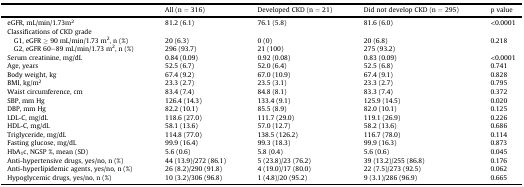
<table><thead><tr><td></td><td><b>All (n = 316)</b></td><td><b>Developed CKD (n = 21)</b></td><td><b>Did not develop CKD (n = 295)</b></td><td><b>p value</b></td></tr></thead><tbody><tr><td>eGFR, mL/min/1.73m<sup>2</sup></td><td>81.2 (6.1)</td><td>76.1 (5.8)</td><td>81.6 (6.0)</td><td>&lt;0.0001</td></tr><tr><td colspan="5">Classifications of CKD grade</td></tr><tr><td> G1, eGFR ≥ 90 mL/min/1.73 m<sup>2</sup>, n (%)</td><td>20 (6.3)</td><td>0 (0)</td><td>20 (6.8)</td><td>0.218</td></tr><tr><td> G2, eGFR 60–89 mL/min/1.73 m<sup>2</sup>, n (%)</td><td>296 (93.7)</td><td>21 (100)</td><td>275 (93.2)</td><td></td></tr><tr><td>Serum creatinine, mg/dL</td><td>0.84 (0.09)</td><td>0.92 (0.08)</td><td>0.83 (0.09)</td><td>&lt;0.0001</td></tr><tr><td>Age, years</td><td>52.5 (6.7)</td><td>52.0 (6.4)</td><td>52.5 (6.8)</td><td>0.741</td></tr><tr><td>Body weight, kg</td><td>67.4 (9.2)</td><td>67.0 (10.9)</td><td>67.4 (9.1)</td><td>0.828</td></tr><tr><td>BMI, kg/m<sup>2</sup></td><td>23.3 (2.7)</td><td>23.5 (3.1)</td><td>23.3 (2.7)</td><td>0.795</td></tr><tr><td>Waist circumference, cm</td><td>83.4 (7.4)</td><td>84.8 (8.1)</td><td>83.3 (7.4)</td><td>0.372</td></tr><tr><td>SBP, mm Hg</td><td>126.4 (14.3)</td><td>133.4 (9.1)</td><td>125.9 (14.5)</td><td>0.020</td></tr><tr><td>DBP, mm Hg</td><td>82.2 (10.1)</td><td>85.5 (8.9)</td><td>82.0 (10.1)</td><td>0.125</td></tr><tr><td>LDL-C, mg/dL</td><td>118.6 (27.0)</td><td>111.7 (29.0)</td><td>119.1 (26.9)</td><td>0.226</td></tr><tr><td>HDL-C, mg/dL</td><td>58.1 (13.6)</td><td>57.0 (12.7)</td><td>58.2 (13.6)</td><td>0.686</td></tr><tr><td>Triglyceride, mg/dL</td><td>114.8 (77.0)</td><td>138.5 (126.2)</td><td>116.7 (78.0)</td><td>0.114</td></tr><tr><td>Fasting glucose, mg/dL</td><td>99.9 (16.4)</td><td>99.3 (18.3)</td><td>99.9 (16.3)</td><td>0.873</td></tr><tr><td>HbA<sub>1</sub>c, NGSP %, mean (SD)</td><td>5.6 (0.6)</td><td>5.8 (0.4)</td><td>5.6 (0.6)</td><td>0.045</td></tr><tr><td>Anti-hypertensive drugs, yes/no, n (%)</td><td>44 (13.9)/272 (86.1)</td><td>5 (23.8)/23 (76.2)</td><td>39 (13.2)/255 (86.8)</td><td>0.176</td></tr><tr><td>Anti-hyperlipidemic agents, yes/no, n (%)</td><td>26 (8.2)/290 (91.8)</td><td>4 (19.0)/17 (80.0)</td><td>22 (7.5)/273 (92.5)</td><td>0.062</td></tr><tr><td>Hypoglycemic drugs, yes/no, n (%)</td><td>10 (3.2)/306 (96.8)</td><td>1 (4.8)/20 (95.2)</td><td>9 (3.1)/286 (96.9)</td><td>0.665</td></tr></tbody></table>